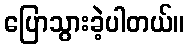
ပြောသွားခဲ့ပါတယ်။